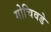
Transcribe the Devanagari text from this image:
गोचिवडे